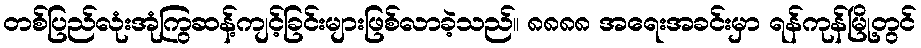
တစ်ပြည်လုံးအုံကြွဆန့်ကျင့်ခြင်းများဖြစ်လာခဲ့သည်။ ၈၈၈၈ အရေးအခင်းမှာ ရန်ကုန်မြို့တွင်